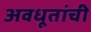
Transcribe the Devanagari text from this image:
अवधूतांची